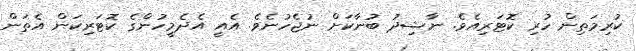
ކުރިމަތިން ހުރި ކޮޓަރިއެވެ. ނާޝިދު ބުނާކަށް ނުޖެހުނެވެ. އެއީ އެދެމީހުންގެ ކޮޓަރިކަން އެތަން